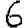
Digit: 6